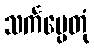
သင်္ကပ္ပေတုံ